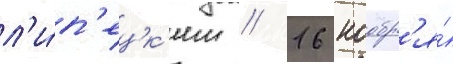
л'и́п'ецк'им // 16 ноабр'я́